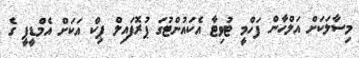
މިސާލަކަށް އަލްހާން ފަހްމީ ޓުވިޓާ އެކައުންޓުގަ ޕުރޮފައިލް ޕިކް އަކަށް އެމްޑީޕީ ގެ